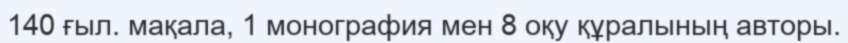
140 ғыл. мақала, 1 монография мен 8 оқу құралының авторы.